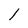
Character: l